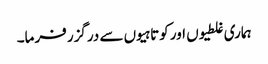
ہماری غلطیوں اور کوتاہیوں سے درگزر فرما۔